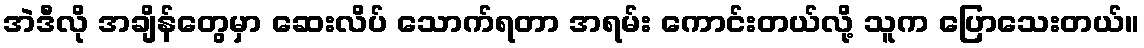
အဲဒီလို အချိန်တွေမှာ ဆေးလိပ် သောက်ရတာ အရမ်း ကောင်းတယ်လို့ သူက ပြောသေးတယ်။